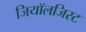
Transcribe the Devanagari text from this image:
जियॉलजिस्ट